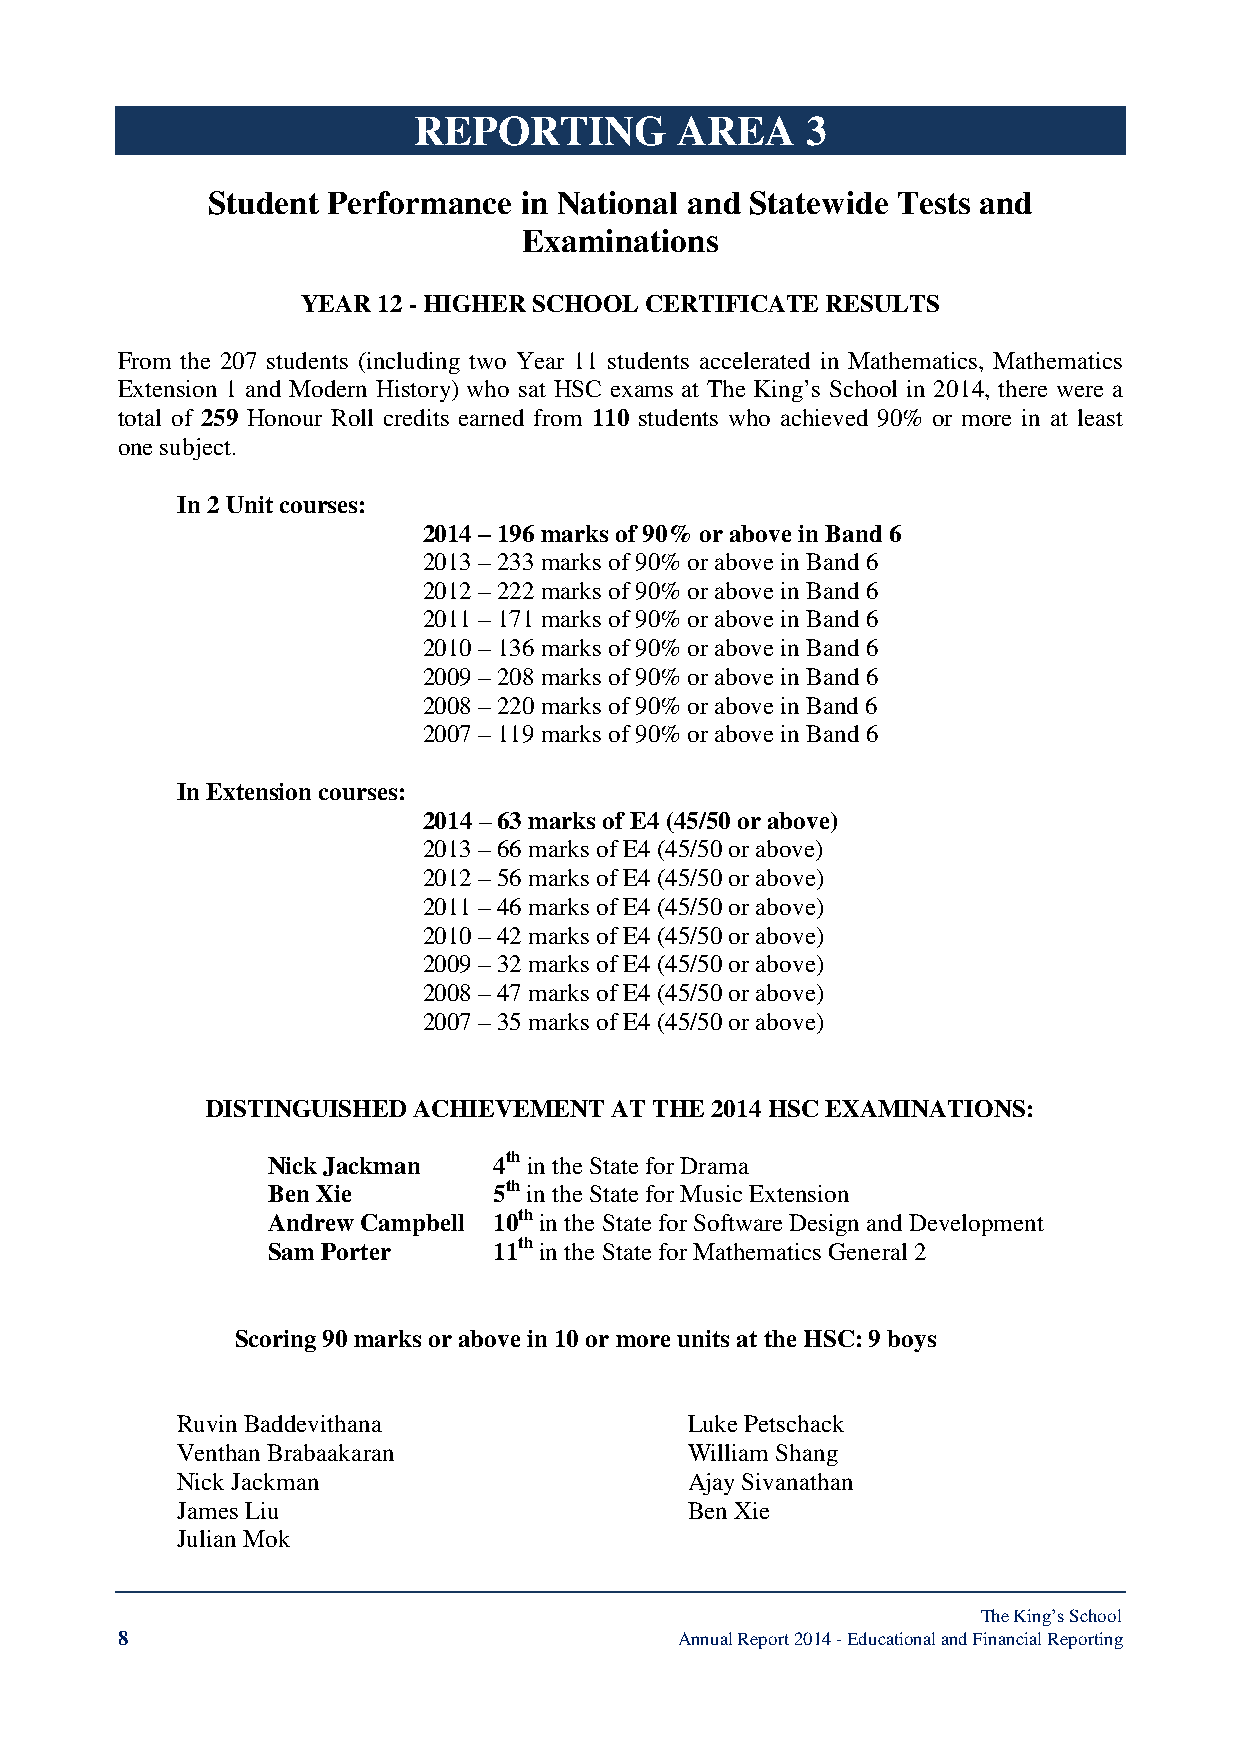
REPORTING         AREA    3
 Student Performance in National and Statewide Tests and
 Examinations
 YEAR 12 - HIGHER SCHOOL CERTIFICATE RESULTS
 From the 207 students (including two Year 11 students accelerated in Mathematics, Mathematics
 Extension 1 and Modern History) who sat HSC exams at The King’s School in 2014, there were a
 total of 259 Honour Roll credits earned from 110 students who achieved 90% or more in at least
 one subject.
 In 2 Unit courses:
 2014 – 196 marks of 90% or above in Band 6
 2013 – 233 marks of 90% or above in Band 6
 2012 – 222 marks of 90% or above in Band 6
 2011 – 171 marks of 90% or above in Band 6
 2010 – 136 marks of 90% or above in Band 6
 2009 – 208 marks of 90% or above in Band 6
 2008 – 220 marks of 90% or above in Band 6
 2007 – 119 marks of 90% or above in Band 6
 In Extension courses:
 2014 – 63 marks of E4 (45/50 or above)
 2013 – 66 marks of E4 (45/50 or above)
 2012 – 56 marks of E4 (45/50 or above)
 2011 – 46 marks of E4 (45/50 or above)
 2010 – 42 marks of E4 (45/50 or above)
 2009 – 32 marks of E4 (45/50 or above)
 2008 – 47 marks of E4 (45/50 or above)
 2007 – 35 marks of E4 (45/50 or above)
 DISTINGUISHED ACHIEVEMENT  AT THE 2014 HSC EXAMINATIONS:
 Nick Jackman   4th in the State for Drama
 Ben Xie        5th in the State for Music Extension
 Andrew Campbell 10th in the State for Software Design and Development
 Sam Porter     11th in the State for Mathematics General 2
 Scoring 90 marks or above in 10 or more units at the HSC: 9 boys
 Ruvin Baddevithana                Luke Petschack
 Venthan Brabaakaran               William Shang
 Nick Jackman                      Ajay Sivanathan
 James Liu                         Ben Xie
 Julian Mok
 The King’s School
 8                                    Annual Report 2014 - Educational and Financial Reporting